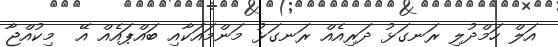
އަލް ހަމްދުލި ރަނގަޅު ދަރިއެއް ރަނގަޅު މަންމައަކާއި ބައްޕައެއް އޭ  މިކުއްޖާ